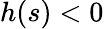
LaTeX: h(s)<0